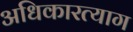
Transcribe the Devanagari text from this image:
अधिकारत्याग